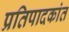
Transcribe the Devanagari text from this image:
प्रतिपादकांत